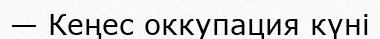
— Кеңес оккупация күні